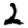
Digit: 2